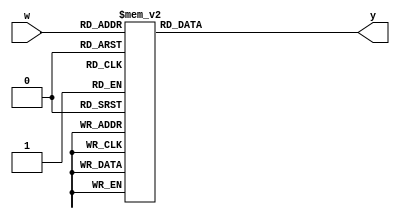
module add3(w, y);
input [3: 0]w;
output [6: 0]y;
reg [6: 0]y;
always @ (w)
	begin
		case(w)
		4'b0000 : y=7'b1111101;
		4'b0001 : y=7'b0110000;
		4'b0010 : y=7'b1101110;
		4'b0011 : y=7'b1111010;
		4'b0100 : y=7'b0110011;
		4'b0101 : y=7'b1011011;
		4'b0110 : y=7'b1011111;
		4'b0111 : y=7'b1110000;
		4'b1000 : y=7'b1111111;
		4'b1001 : y=7'b1111011;
		default : y=7'b0000000;		
		endcase
	end
endmodule